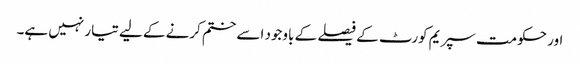
اور حکومت سپریم کورٹ کے فیصلے کے باوجود اسے ختم کرنے کے لیے تیار نہیں ہے۔